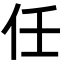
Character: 任